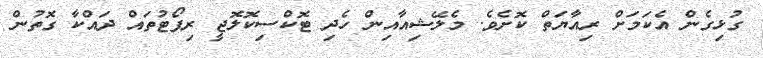
ގުޅިގެން އެކަމަށް ރިއާޔަތް ކޮށެވެ. މެލޭޝިއާއިން ހެދި ޓޮކްސިކޮލޮޖީ ރިޕޯޓުތައް ދައްކާ ގޮތުން